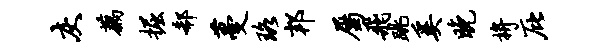
灰藕掘欷蔓珞邦属飞跳奚晚拚庇